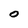
Character: O